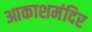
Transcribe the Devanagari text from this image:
आकाशमंदिर